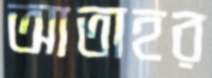
আতাহর